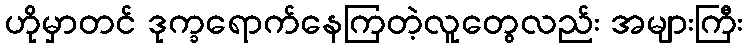
ဟိုမှာတင် ဒုက္ခရောက်နေကြတဲ့လူတွေလည်း အများကြီး